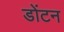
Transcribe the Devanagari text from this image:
डोंटन